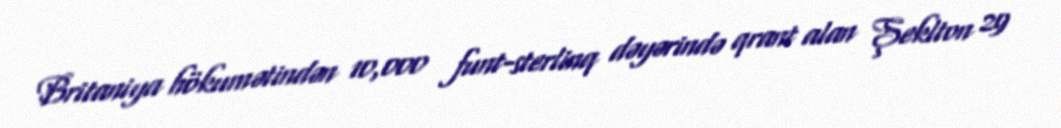
Britaniya hökumətindən 10,000 funt-sterlinq dəyərində qrant alan Şeklton 29